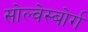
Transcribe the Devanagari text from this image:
सोल्वेस्बोर्ग